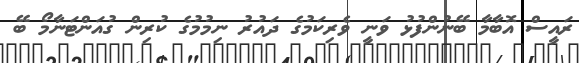
ރައީސް އޮބާމާ ބޭނުންފުޅު ވަނީ ވެރިކަމުގެ ދައުރު ނިމުމުގެ ކުރިން ގުއަންޓަނާމޯ ބޭ